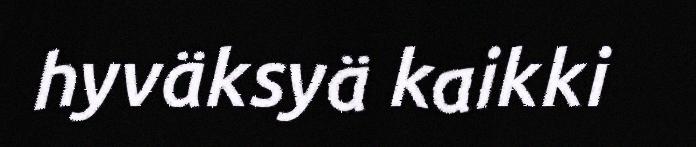
hyväksyä kaikki